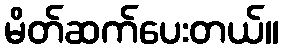
မိတ်ဆက်ပေးတယ်။